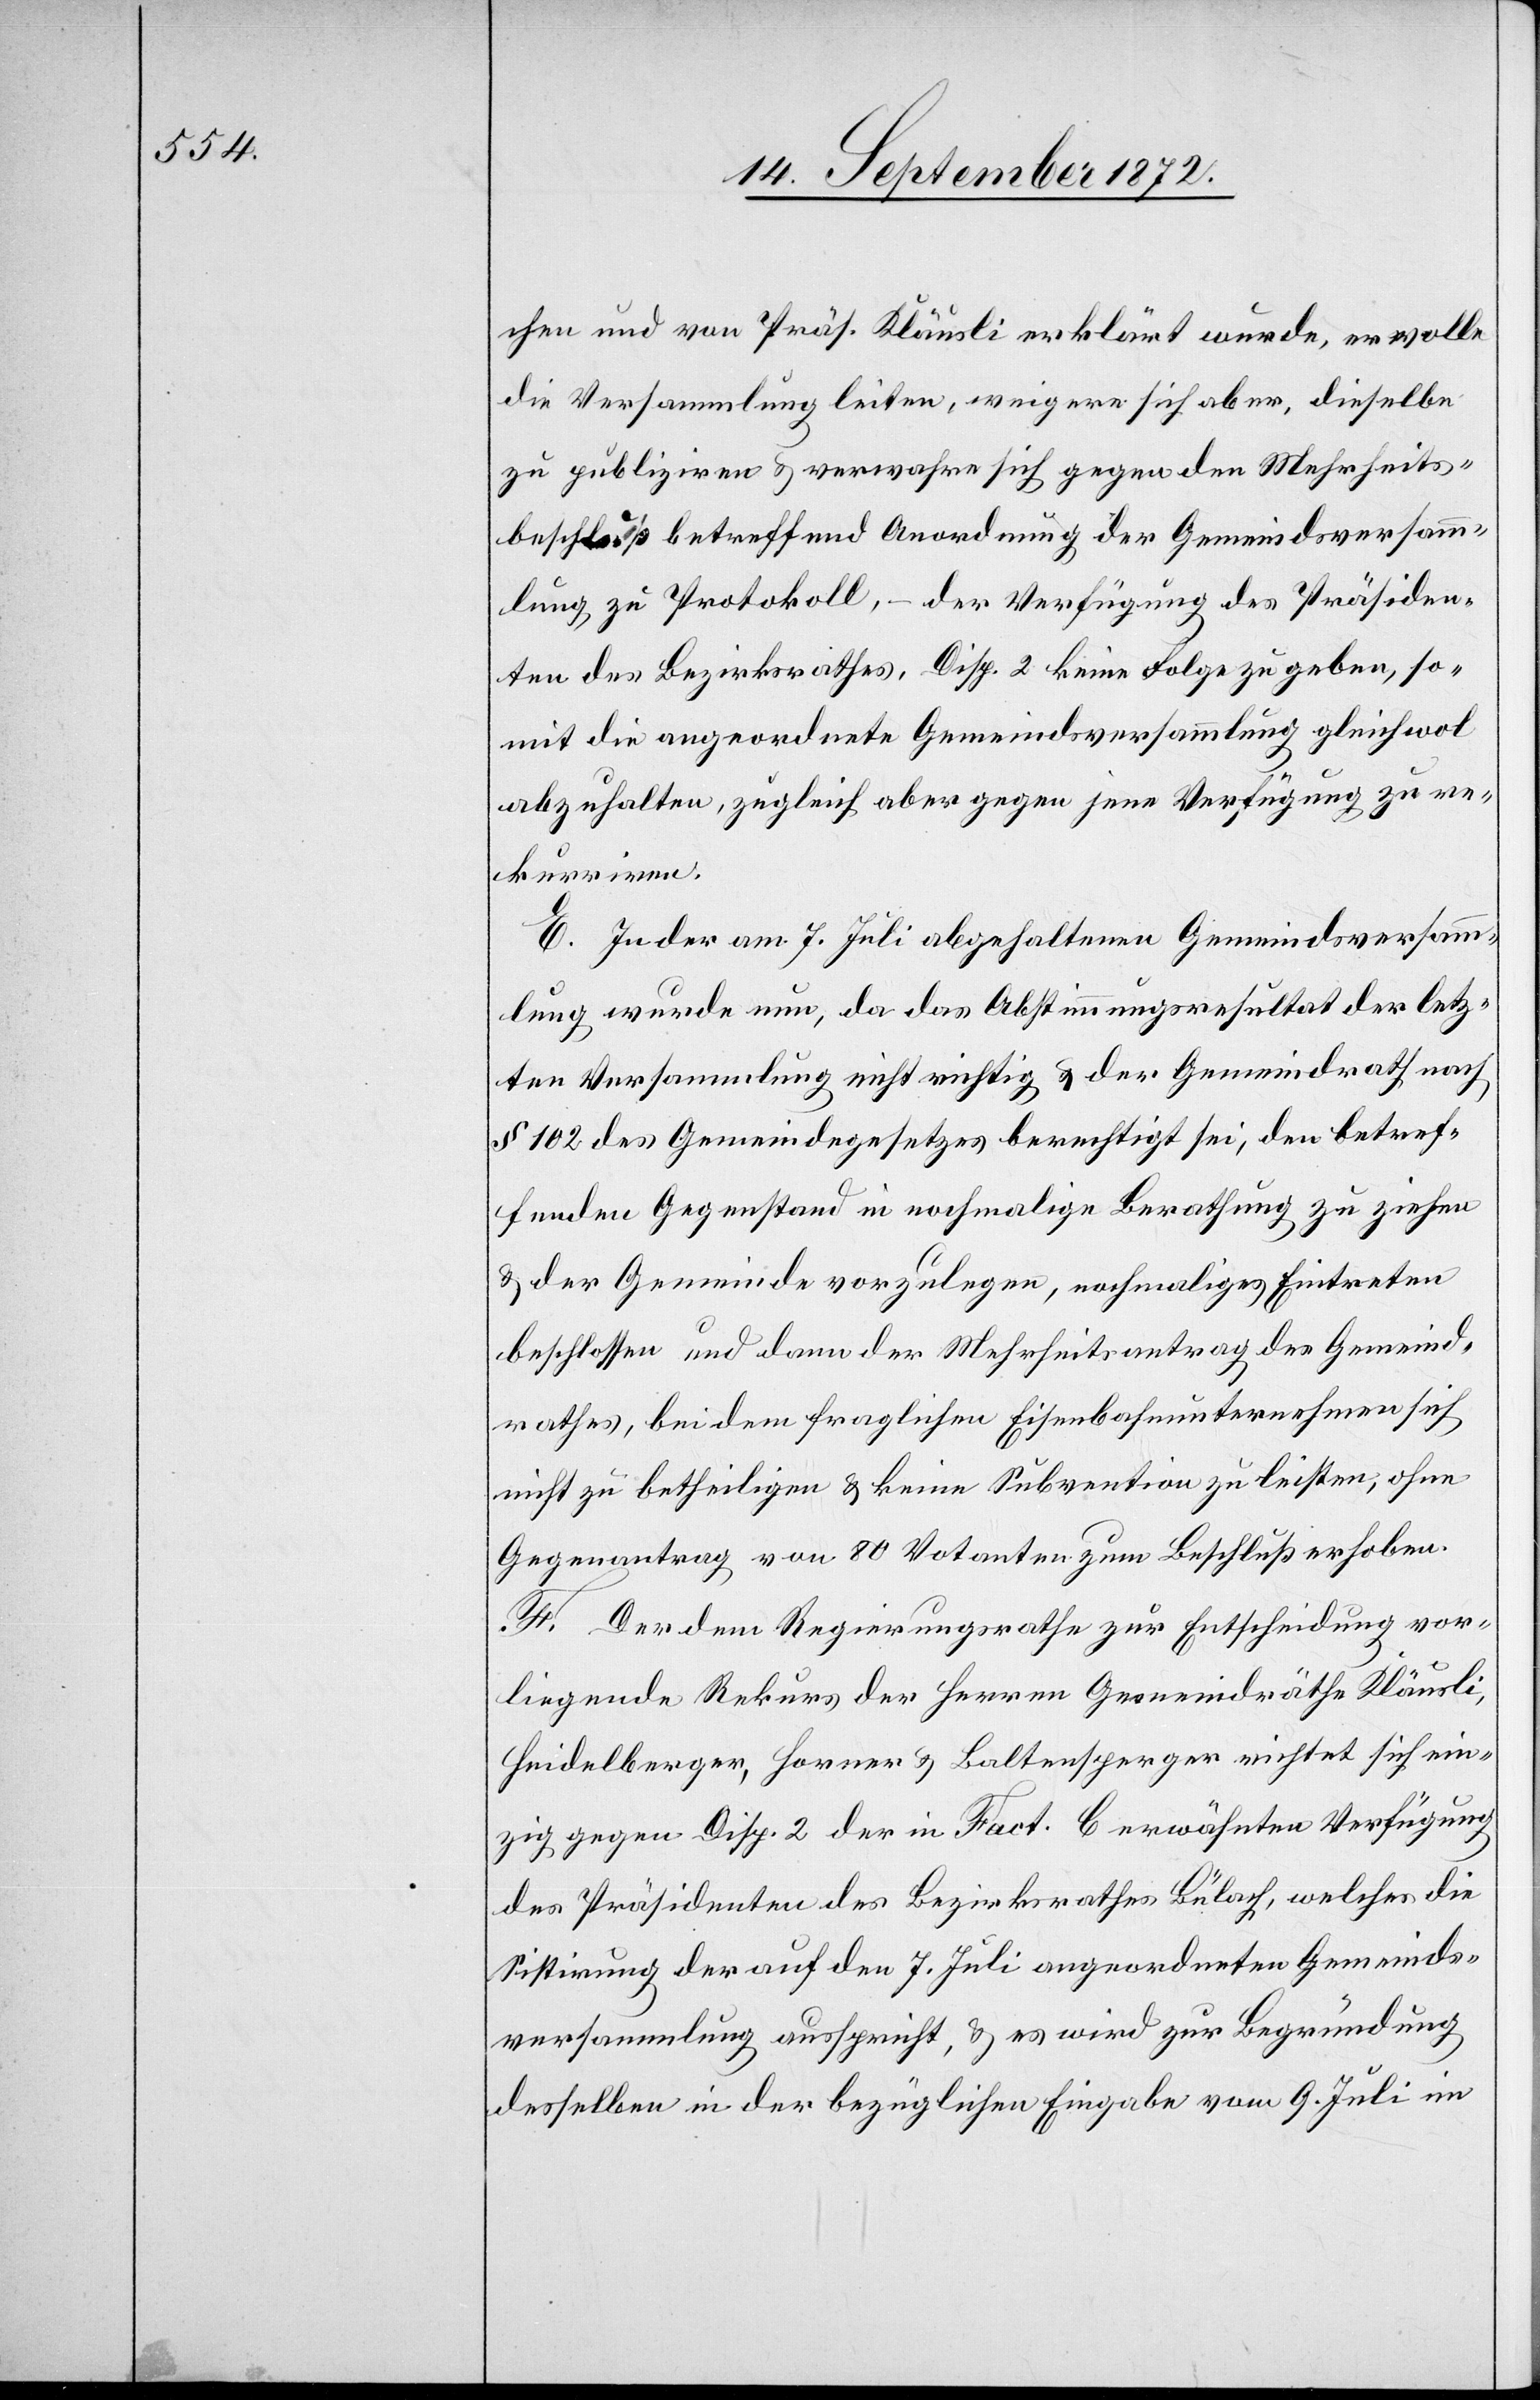
chen und von Präs. Kläusli erklärt wurde, er wolle
die Versammlung leiten, weigere sich aber, dieselbe
zu publiziren u. verwahre sich gegen den Mehrheits¬
beschluß betreffend Anordnung der Gemeindsversamm¬
lung zu Protokoll, – der Verfügung des Präsiden¬
ten des Bezirksrathes, Disp. 2 keine Folge zu geben, so¬
mit die angeordnete Gemeindsversammlung gleichwol
abzuhalten, zugleich aber gegen jene Verfügung zu re¬
kurriren.
E. In der am 7. Juli abgehaltenen Gemeindsversamm¬
lung wurde nun, da das Abstimmungsresultat der letz¬
ten Versammlung nicht richtig u. der Gemeindrath nach
§ 102 des Gemeindegesetzes berechtigt sei, den betref¬
fenden Gegenstand in nochmalige Berathung zu ziehen
u. der Gemeinde vorzulegen, nochmaliges Eintreten
beschlossen und dann der Mehrheitsantrag des Gemeind¬
rathes, bei dem fraglichen Eisenbahnunternehmen sich
nicht zu betheiligen u. keine Subvention zu leisten, ohne
Gegenantrag von 80 Votanten zum Beschluß erhoben.
F. Der dem Regierungsrathe zur Entscheidung vor¬
liegende Rekurs der Herren Gemeindräthe Kläusli,
Heidelberger, Horner u. Baltensperger richtet sich ein¬
zig gegen Disp. 2 der in Fact. b erwähnten Verfügung
des Präsidenten des Bezirksrathes Bülach, welches die
Sistirung der auf den 7. Juli angeordneten Gemeinds¬
versammlung ausspricht, u. es wird zur Begründung
desselben in der bezüglichen Eingabe vom 9. Juli im